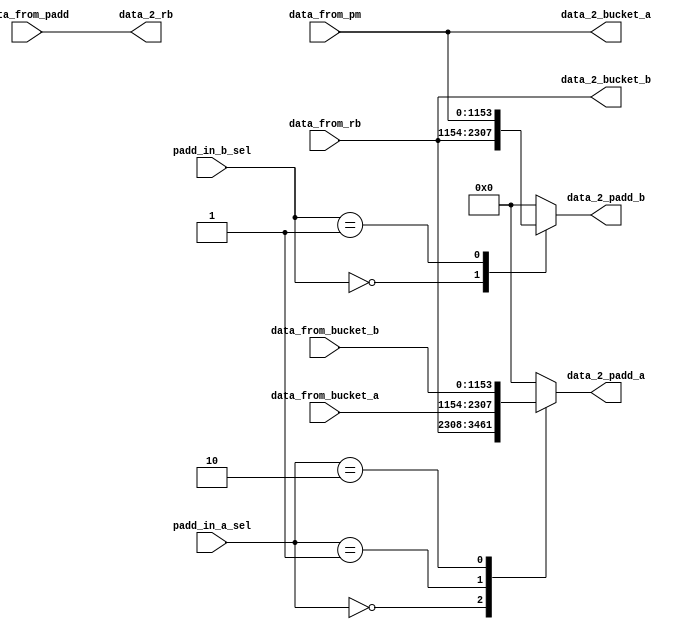
module msm_datapath#(parameter WIDTH_ID = 2, parameter WIDTH_DATA = 384, parameter P_NUM = 16)(
    input      [WIDTH_ID+WIDTH_DATA*3-1:0]  data_from_pm       ,
    input      [WIDTH_ID+WIDTH_DATA*3-1:0]  data_from_bucket_a ,
    input      [WIDTH_ID+WIDTH_DATA*3-1:0]  data_from_bucket_b ,
    input      [WIDTH_ID+WIDTH_DATA*3-1:0]  data_from_rb       ,
    input      [WIDTH_ID+WIDTH_DATA*3-1:0]  data_from_padd     , //output of bf_array(padd)
    input      [                      2:0]  padd_in_a_sel      ,
    input      [                      2:0]  padd_in_b_sel      ,
    output     [WIDTH_ID+WIDTH_DATA*3-1:0]  data_2_bucket_a    ,
    output     [WIDTH_ID+WIDTH_DATA*3-1:0]  data_2_bucket_b    ,
    output     [WIDTH_ID+WIDTH_DATA*3-1:0]  data_2_rb          ,
    output reg [WIDTH_ID+WIDTH_DATA*3-1:0]  data_2_padd_a      ,
    output reg [WIDTH_ID+WIDTH_DATA*3-1:0]  data_2_padd_b       //
);
    wire [WIDTH_ID+WIDTH_DATA*3-1:0] BUBBLE = 0;
    assign data_2_bucket_a = data_from_pm;
    assign data_2_bucket_b = data_from_rb;
    assign data_2_rb       = data_from_padd;
    always@(*)begin //data_2_padd_a
        case(padd_in_a_sel)
            3'd 0:   data_2_padd_a = data_from_rb;
            3'd 1:   data_2_padd_a = data_from_bucket_a;
            3'd 2:   data_2_padd_a = data_from_bucket_b;
            3'd 3:   data_2_padd_a = BUBBLE;
            default: data_2_padd_a = BUBBLE;
        endcase
    end
    always@(*)begin //data_2_padd_b
        case(padd_in_b_sel)
            3'd 0:   data_2_padd_b = data_from_rb;
            3'd 1:   data_2_padd_b = data_from_pm;
            3'd 2:   data_2_padd_b = BUBBLE;
            3'd 3:   data_2_padd_b = BUBBLE;
            default: data_2_padd_b = BUBBLE;
        endcase
    end
endmodule